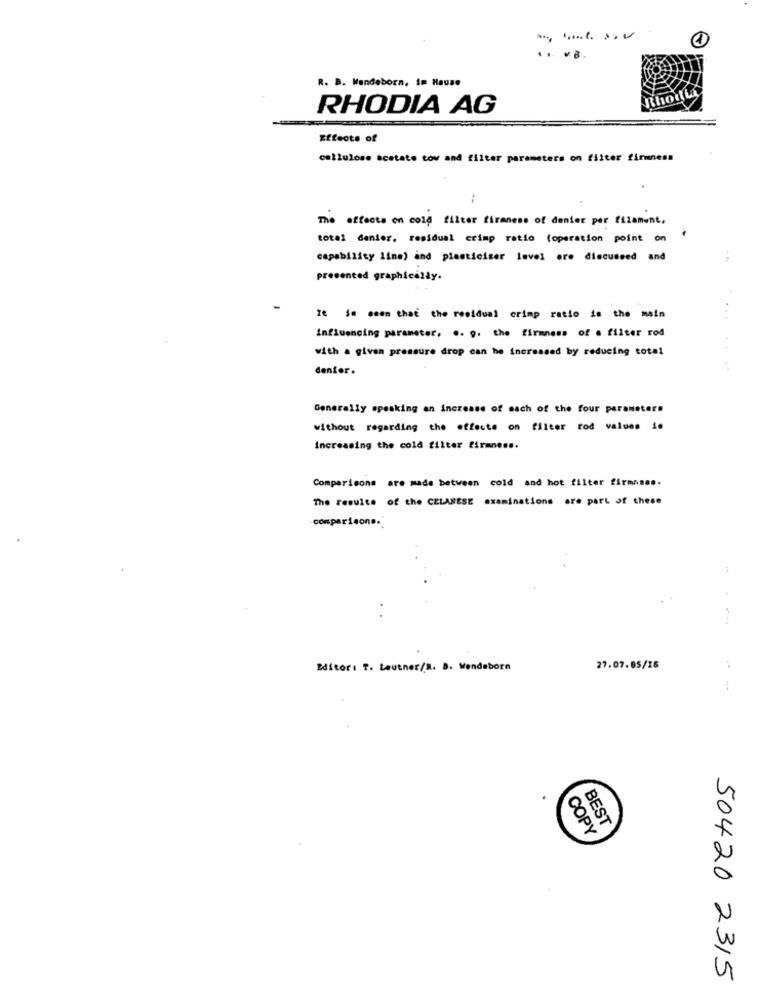
4
..
R. B. Wandeborn, Im Hause
Rhodia
RHODIA AG
Effects of
cellulose acetate cow and filter parameters on filter firmness
The effects on cold filter firaness of denier per filament,
total denier. residual crimp ratio (operation point on
capability line) and plasticiser level are discussed and
presented graphically.
It im seen that the residual crimp ratio is the main
influencing parameter. .. g. the firmness of a filter rod
with a given pressure drop can be increased by reducing total
denfor.
Generally speaking an increase of each of the four parameters
without regarding the effects on filter rod values in
increasing the cold filter firmness.
Comparisons are made between cold and hot filter firmamas.
The results of the CELANESE examinations are part of these
comparisons.'
Editor: T. Lautner/R. B. Wendeborn
27.07.05/16
BEST
COPY
50420 2315